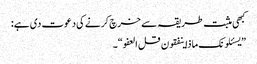
کبھی مثبت طریقہ سے خرچ کرنے کی دعوت دی ہے:
”یسئلونک ماذا ینفقون قل العفو“۔